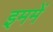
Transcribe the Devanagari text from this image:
इममें